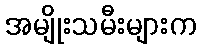
အမျိုးသမီးများက